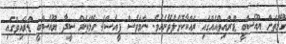
ގޭމްތަށް ޔޫއެސްބީ ޑްރައިވްއެއްގައި ރައްކާކޮށްލެވޭނެއެވެ. ނަމަވެސް ޕީއެސް4 ގޭމަތަށް ސީދާ ޔޫއެސްބީ ޑްރައިވްގައި